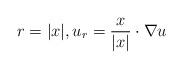
LaTeX: \begin{align*}r = |x|, u_r = \dfrac{x}{|x|} \cdot \nabla u\end{align*}